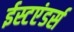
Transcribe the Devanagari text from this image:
ईस्टएंडर्स